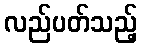
လည်ပတ်သည့်